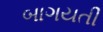
બાગયતી